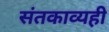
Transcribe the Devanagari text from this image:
संतकाव्यही